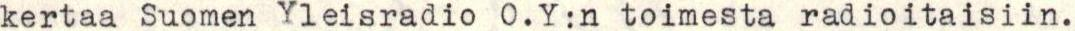
kertaa Suomen Yleisradio O.Y:n toimesta radioitaisiin.